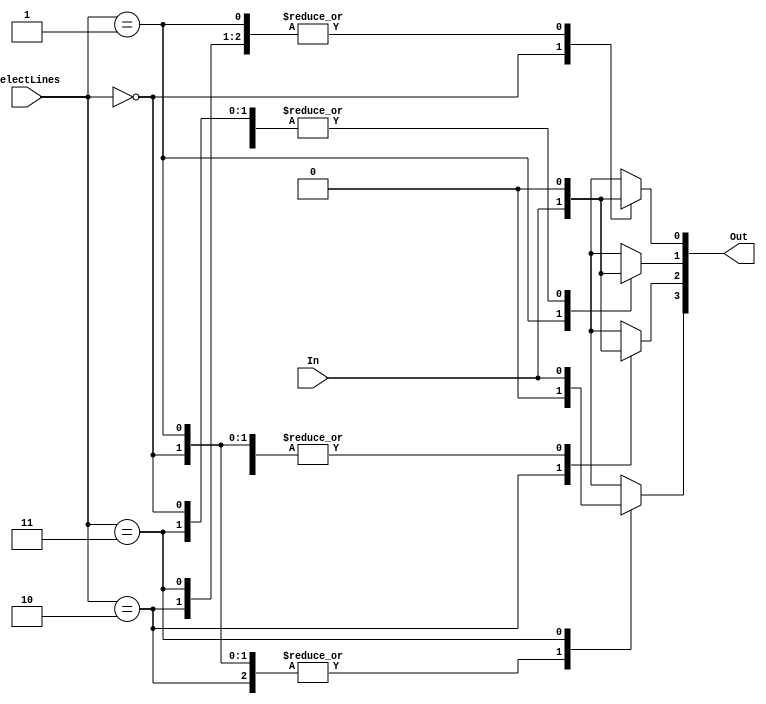
module d1(In, SelectLines, Out);
	input In;
	input [1:0]SelectLines;
	output [3:0]Out;
	reg [3:0]Out;
	always @(*) begin
		case(SelectLines)
			2'b00: 
			begin
				Out[0] = In;
				Out[1] = 0;
				Out[2] = 0;
				Out[3] = 0;	
			end
			2'b01:  
			begin
				Out[1] = In;
				Out[0] = 0;
				Out[2] = 0;
				Out[3] = 0;	
			end	
			2'b10:  
			begin
				Out[2] = In;
				Out[1] = 0;
				Out[0] = 0;
				Out[3] = 0;	
			end	
			2'b11:  
			begin
				Out[3] = In;
				Out[1] = 0;
				Out[2] = 0;
				Out[0] = 0;	
			end	
		endcase
	end
endmodule

module test;
	reg in;
	reg [1:0]selectlines;
	wire [3:0]out;
	d1 g1(in, selectlines, out);
	initial begin
		$dumpfile("demux1X4(Behavioural Modelling).vcd");
		$dumpvars(0,test);
		$display("In\tSelect\tOut");
		$monitor("%b\t%b\t%b",in,selectlines,out);
		#0  in=0;selectlines=2'b00;
		#10 in=0;selectlines=2'b01;
		#10 in=0;selectlines=2'b10;
		#10 in=0;selectlines=2'b11;
		#10 in=1;selectlines=2'b00;
		#10 in=1;selectlines=2'b01;
		#10 in=1;selectlines=2'b10;
		#10 in=1;selectlines=2'b11;
		#10 
		$finish;
	end
endmodule